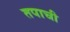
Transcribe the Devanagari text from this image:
तपाची